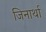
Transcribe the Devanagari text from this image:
जिनार्था